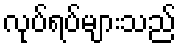
လုပ်ရပ်များသည်